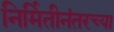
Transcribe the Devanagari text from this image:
निर्मितीनंतरच्‍या